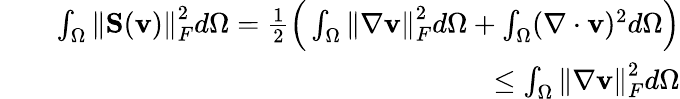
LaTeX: \begin{array}{rlr}&{}&{\int_{\Omega}\left\lVert\mathbf{S}(\mathbf{v})\right\rVert_{F}^{2}d\Omega=\frac{1}{2}\Big(\int_{\Omega}\left\lVert\nabla\mathbf{v}\right\rVert_{F}^{2}d\Omega+\int_{\Omega}(\nabla\cdot\mathbf{v})^{2}d\Omega\Big)}\\ &{}&{\leq\int_{\Omega}\left\lVert\nabla\mathbf{v}\right\rVert_{F}^{2}d\Omega}\end{array}